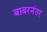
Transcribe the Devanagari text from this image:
बाबरनंतर